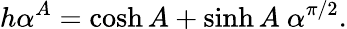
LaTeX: h\alpha^{A}=\cosh A+\sinh A\ \alpha^{\pi/2}.